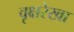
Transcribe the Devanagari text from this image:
वृक्षरेखा